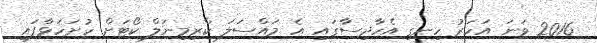
2016 ވަނަ އަހަރު ހިނގި އެހާދިސާގައި އެ މައްސަލަ ކްރިމިނަލް ކޯޓަށް ހުށަހަޅާފައި